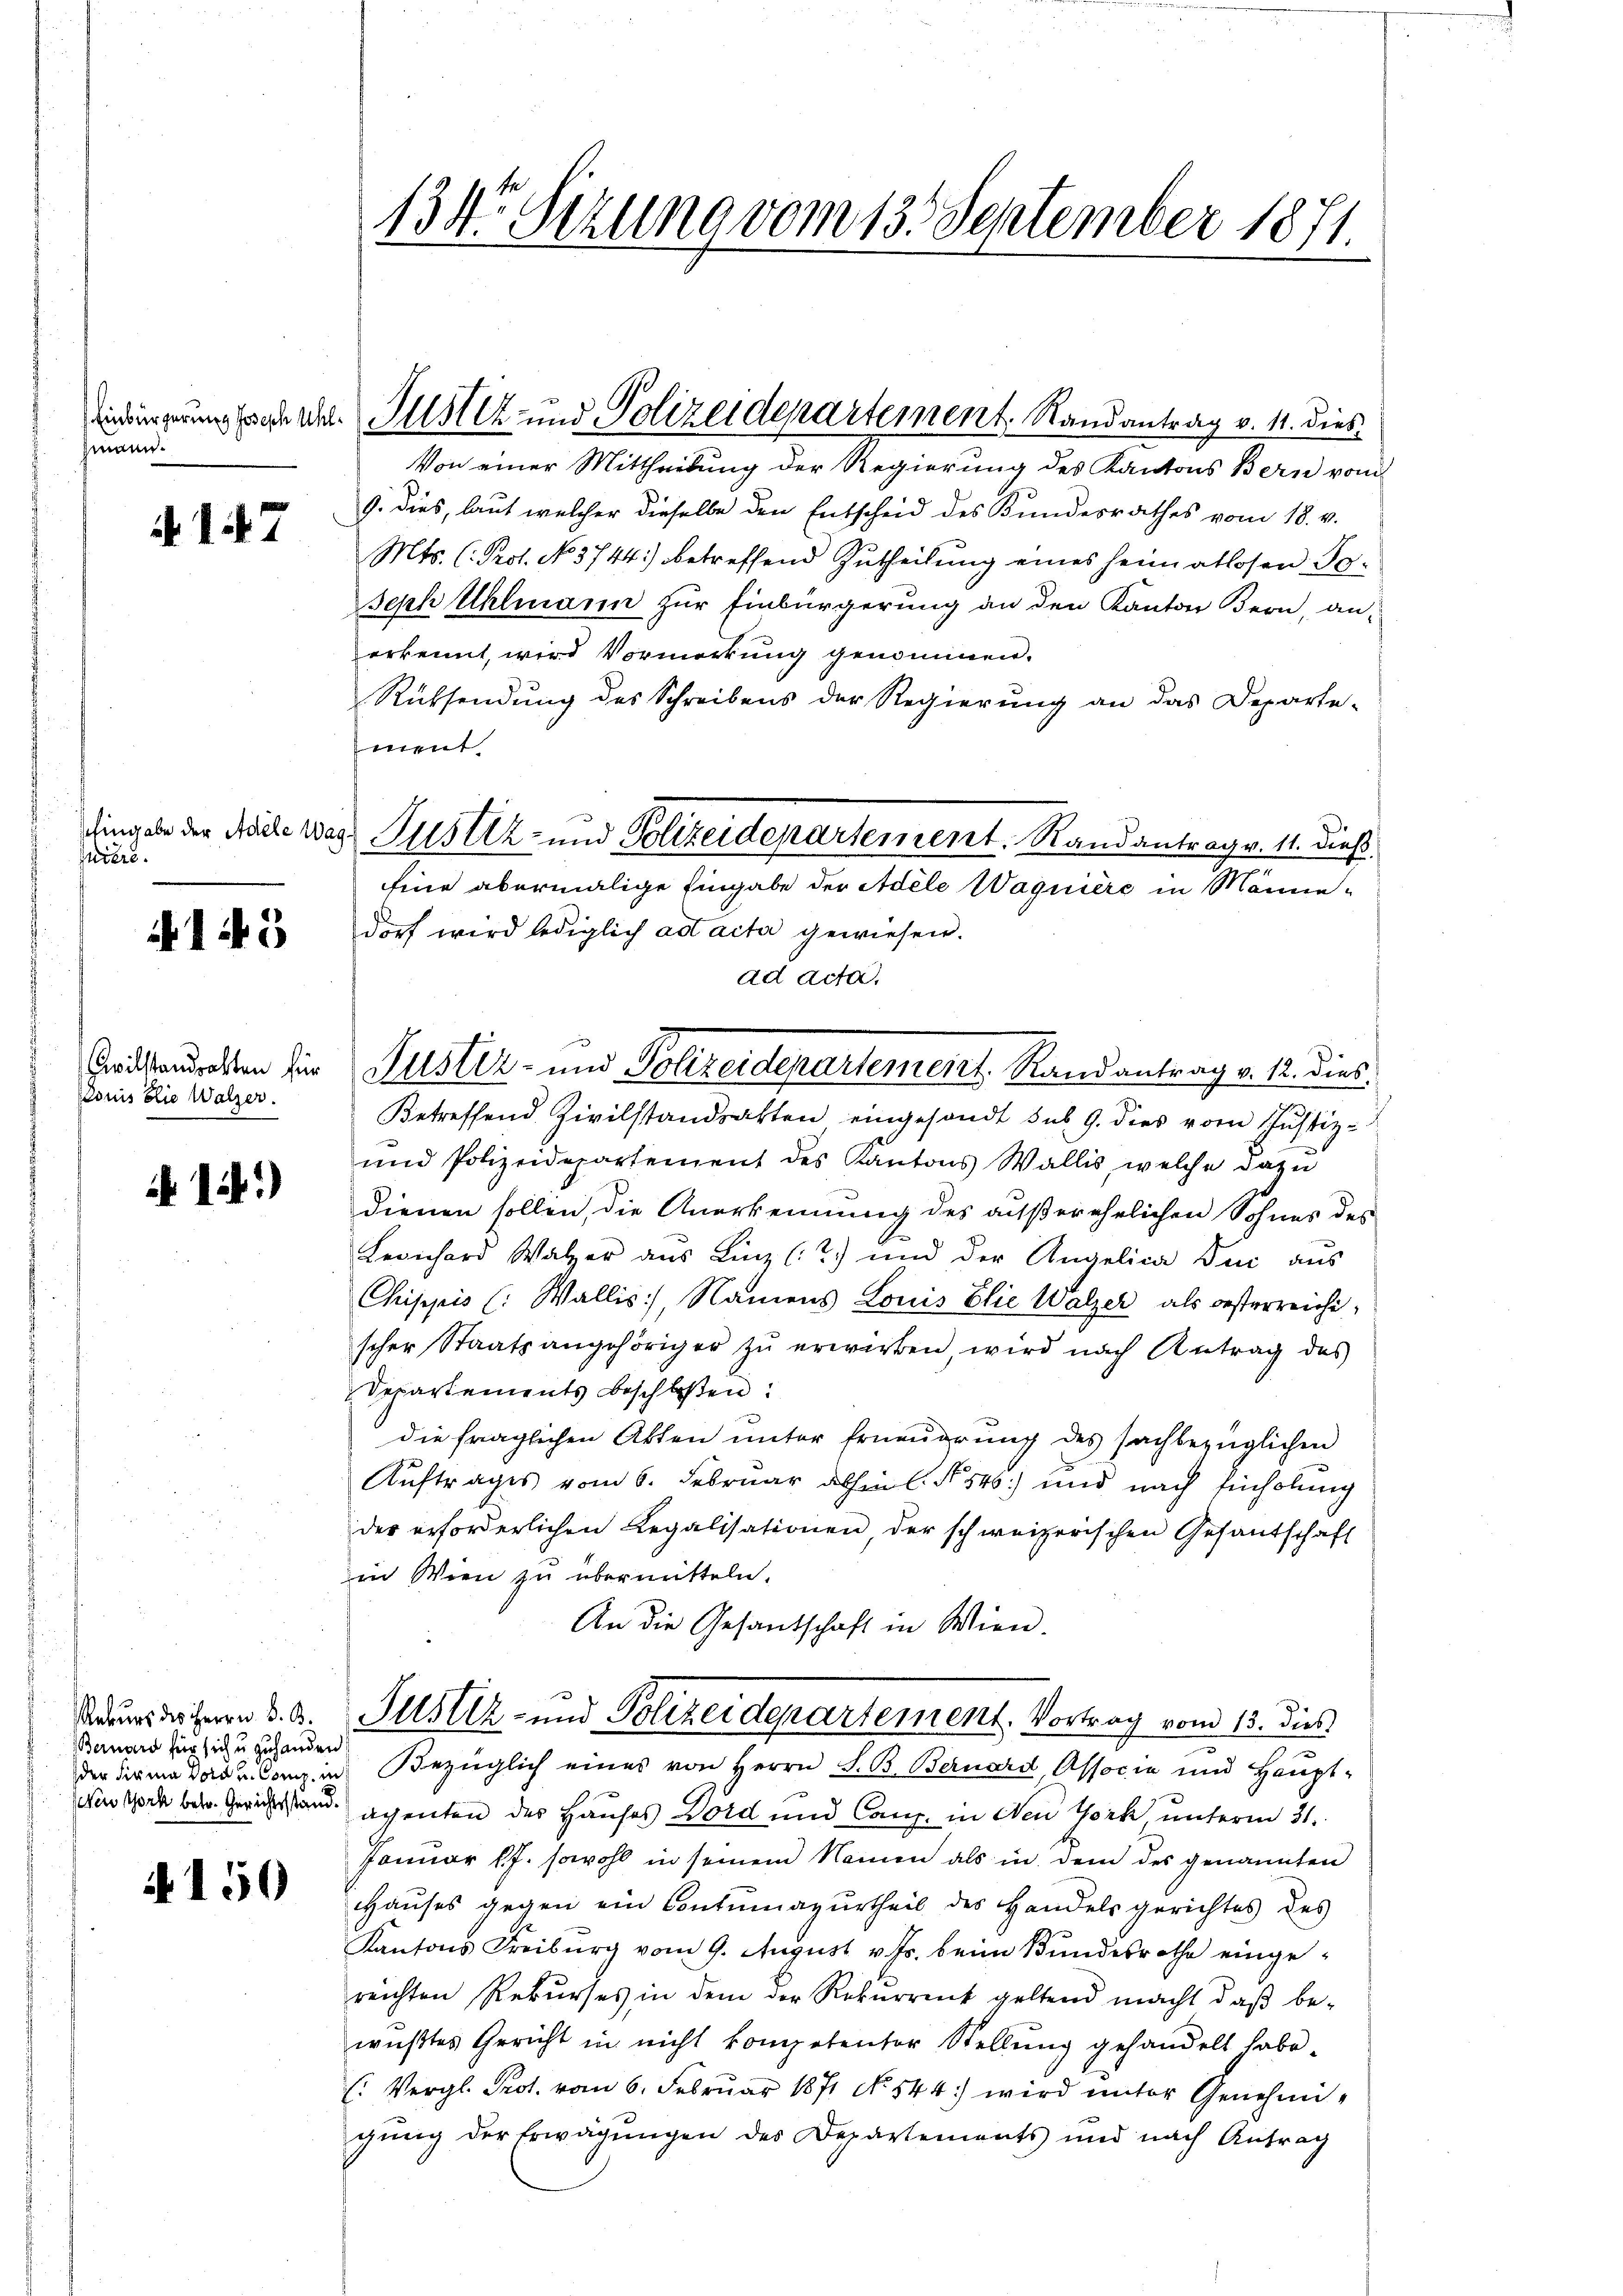
man¬

4147

hingabe der Adele Wag
uiere.

145

Civilstandrahten für
Louis blie Walzer.

if. 124.)

Rekurs des Herrn S. B.
Bernard für sich u zu handen

150

134. Sizung vom 13. September 1871.

Von einer Mittheilung der Regierung des Kantons Bern vom
9. dies, laut welcher dieselbe den Entscheid des Bundesrathes vom 18. v.
Mts. (Prot. No. 3744) betreffend Zutheilung eines heimatlosen Se¬
Seph Uhlmann zur Einbürgerung an den Kanton Bern, an-
erkennt, wird Vormerkung genommen.
Rücksendung des Schreibens der Regierung an das Departe-
ment.
Eine abermalige Eingabe der Adele Wagniere in Männedorf wird lediglich ad acta gewiesen.
ad acta,
Betreffend Zivilstandsakten eingesandt sub 9. dies vom Justiz-
und Polizeidepartement des Kantons Wallis, welche dazu
dienen sollen, die Anerkennung des außerehrlichen Sohnes des
Levichard Walzer aus Linz (2.) und der Angelica Du aus
Chippis (: Wallis, Namens Louis Elie Walzer als oesterreichischer Staatsangehöriger zŭ erwirken, wird nach Antrag des
Departements beschloßen:
die fraglichen Akten unter Erneŭerŭng des sachbezüglichen
Auftrages vom 6. Februar abhin l. N. 546) und nach Einholung
der erforderlichen Regalisationen, der schweizerischen Gesantschaft
in Wien zu übermitteln.
An die Gesantschaft in Wien.
Justiz- und Polizeidepartement, Vortrag vom 13. dies
der Firma das Con in Bezüglich eines von Herrn S. B. Bernard, Associe und Haupt-
enGock betr. Gerichtsstand achenten des Hauses Dold und Canz. in New York, unterm 31.
Januar Pf. sowohl in seinem Namen als in dem des genannten
Hauses gegen ein Contumazurtheil des Handelsgerichtes des
Kantons Freiburg vom 9. August v. Js. beim Bundesrathe einge-
reichten Rekurses in dem der Rekurrent geltend macht, daβ be-
wußtes Gericht in nicht kompetentor Stellung gehandelt habe.
: Vergl. Prot. vom 6. Februar 1871 No 144) wird unter Genehmigung der Erwägungen des Departements und nach Antrag

iedergerungsrecht. Justiz- und Polizeidepartement. Randantrag v. 11. dies

Justiz- und Polizeidepartement. Randantrag v. 11. dieß

Justiz- und Polizeidepartement. Randantrag v. 12. dies